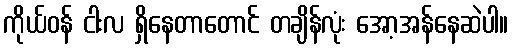
ကိုယ်ဝန် ငါးလ ရှိနေတာတောင် တချိန်လုံး အော့အန်နေဆဲပါ။